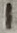
Text: 1